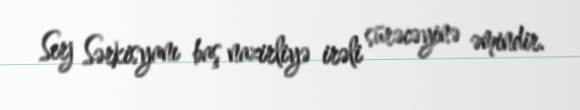
Serj Sərkisyanı baş nazirliyə irəli sürəcəyinə əmindir.